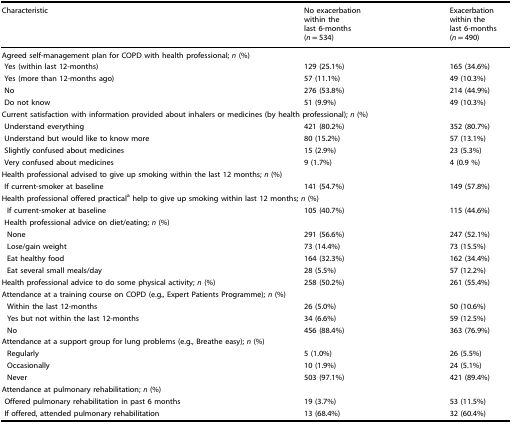
<table><thead><tr><td><b>Characteristic</b></td><td><b>No exacerbation within the last 6-months (<i>n</i> = 534)</b></td><td><b>Exacerbation within the last 6-months (<i>n</i> = 490)</b></td></tr></thead><tbody><tr><td colspan="3">Agreed self-management plan for COPD with health professional; <i>n</i> (%)</td></tr><tr><td> Yes (within last 12-months)</td><td>129 (25.1%)</td><td>165 (34.6%)</td></tr><tr><td> Yes (more than 12-months ago)</td><td>57 (11.1%)</td><td>49 (10.3%)</td></tr><tr><td> No</td><td>276 (53.8%)</td><td>214 (44.9%)</td></tr><tr><td> Do not know</td><td>51 (9.9%)</td><td>49 (10.3%)</td></tr><tr><td colspan="3">Current satisfaction with information provided about inhalers or medicines (by health professional); <i>n</i> (%)</td></tr><tr><td> Understand everything</td><td>421 (80.2%)</td><td>352 (80.7%)</td></tr><tr><td> Understand but would like to know more</td><td>80 (15.2%)</td><td>57 (13.1%)</td></tr><tr><td> Slightly confused about medicines</td><td>15 (2.9%)</td><td>23 (5.3%)</td></tr><tr><td> Very confused about medicines</td><td>9 (1.7%)</td><td>4 (0.9 %)</td></tr><tr><td colspan="3">Health professional advised to give up smoking within the last 12 months; <i>n</i> (%)</td></tr><tr><td> If current-smoker at baseline</td><td>141 (54.7%)</td><td>149 (57.8%)</td></tr><tr><td colspan="3">Health professional offered practical<sup>a</sup> help to give up smoking within last 12 months; <i>n</i> (%)</td></tr><tr><td>If current-smoker at baseline</td><td>105 (40.7%)</td><td>115 (44.6%)</td></tr><tr><td colspan="3"> Health professional advice on diet/eating; <i>n</i> (%)</td></tr><tr><td>None</td><td>291 (56.6%)</td><td>247 (52.1%)</td></tr><tr><td>Lose/gain weight</td><td>73 (14.4%)</td><td>73 (15.5%)</td></tr><tr><td>Eat healthy food</td><td>164 (32.3%)</td><td>162 (34.4%)</td></tr><tr><td>Eat several small meals/day</td><td>28 (5.5%)</td><td>57 (12.2%)</td></tr><tr><td>Health professional advice to do some physical activity; <i>n</i> (%)</td><td>258 (50.2%)</td><td>261 (55.4%)</td></tr><tr><td colspan="3">Attendance at a training course on COPD (e.g., Expert Patients Programme); <i>n</i> (%)</td></tr><tr><td>Within the last 12-months</td><td>26 (5.0%)</td><td>50 (10.6%)</td></tr><tr><td>Yes but not within the last 12-months</td><td>34 (6.6%)</td><td>59 (12.5%)</td></tr><tr><td>No</td><td>456 (88.4%)</td><td>363 (76.9%)</td></tr><tr><td colspan="3">Attendance at a support group for lung problems (e.g., Breathe easy); <i>n</i> (%)</td></tr><tr><td>Regularly</td><td>5 (1.0%)</td><td>26 (5.5%)</td></tr><tr><td>Occasionally</td><td>10 (1.9%)</td><td>24 (5.1%)</td></tr><tr><td>Never</td><td>503 (97.1%)</td><td>421 (89.4%)</td></tr><tr><td colspan="3">Attendance at pulmonary rehabilitation; <i>n</i> (%)</td></tr><tr><td> Offered pulmonary rehabilitation in past 6 months</td><td>19 (3.7%)</td><td>53 (11.5%)</td></tr><tr><td> If offered, attended pulmonary rehabilitation</td><td>13 (68.4%)</td><td>32 (60.4%)</td></tr></tbody></table>